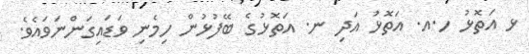
ޅ އަތޮޅު ހ.އ. އަތޮޅު އަދި ނ. އަތޮޅުގެ ބޭފުޅުން ހިމެނި ވަޑައިގަންނަވައެވެ.